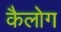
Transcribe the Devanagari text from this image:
कैलोग